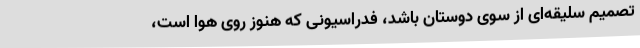
تصمیم سلیقه‌ای از سوی دوستان باشد، فدراسیونی که هنوز روی هوا است،